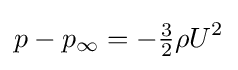
p-p_{\infty }=-{\tfrac {3}{2}}\rho U^{2}